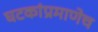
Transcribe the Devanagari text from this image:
घटकांप्रमाणेच